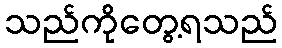
သည်ကိုတွေ့ရသည်